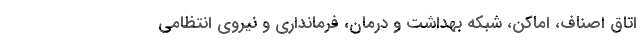
اتاق اصناف، اماکن، شبکه بهداشت و درمان، فرمانداری و نیروی انتظامی